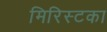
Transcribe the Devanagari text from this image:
मिरिस्टका